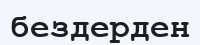
бездерден